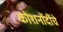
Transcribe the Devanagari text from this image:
कोशनोंदींचे